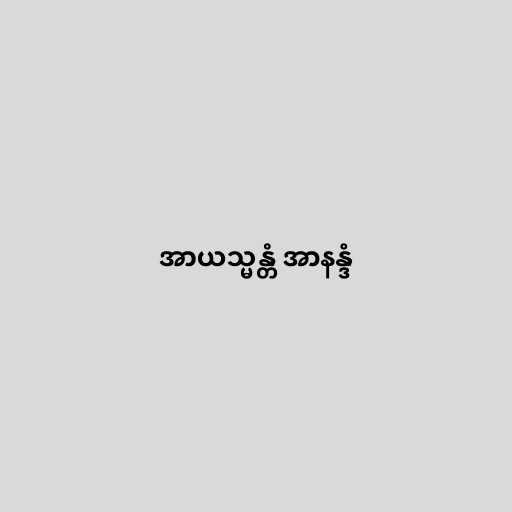
အာယသ္မန္တံ အာနန္ဒံ